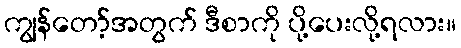
ကျွန်တော့်အတွက် ဒီစာကို ပို့ပေးလို့ရလား။